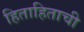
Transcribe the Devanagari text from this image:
हिताहिताची